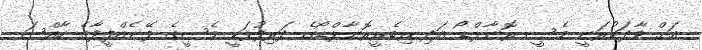
އަށް ވާދަކުރަނީ މެސީ ރޮނާލްޑޯ އަދި ރިބެރީރޮނާލްޑޯގެ ދަރިފުޅަކީ މެސީގެ ފޭނެއްފީފާގެ ހާއްސަ